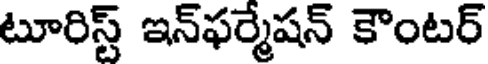
టూరిస్ట్ ఇన్ఫర్మేషన్ కౌంటర్